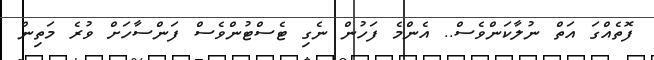
ފޮތެއްގަ އަތް ނުލާކަންވެސް.. އެންމެ ފަހުން ނެގި ޓެސްޓުންވެސް ފަންސާހަށް ވުރެ މަތިން